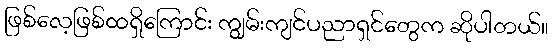
ဖြစ်လေ့ဖြစ်ထရှိကြောင်း ကျွမ်းကျင်ပညာရှင်တွေက ဆိုပါတယ်။